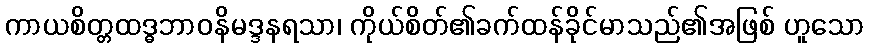
ကာယစိတ္တထဒ္ဓဘာဝနိမဒ္ဒနရသာ၊ ကိုယ်စိတ်၏ခက်ထန်ခိုင်မာသည်၏အဖြစ် ဟူသော